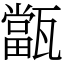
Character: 㽆